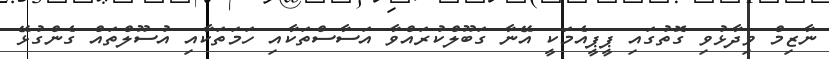
ނާޒިމް ވިދާޅުވި ގޮތުގައި ޕީޕީއެމަކީ އޭނާ ގަބޫލްކުރައްވާ އަސާސްތަކާއި ހަމަތަކާއި އުސޫލްތައް ގެންގުޅޭ